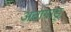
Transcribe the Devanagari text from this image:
अतागाडू